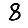
Digit: 8